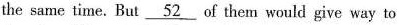
the same time. But \underline{52} of them would give way to